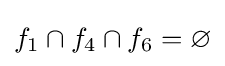
f_{1}\cap f_{4}\cap f_{6}=\varnothing